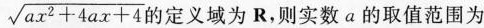
$$\sqrt{ax^{2}+4ax+4}$$ 的定义域为R，则实数α的取值范围为